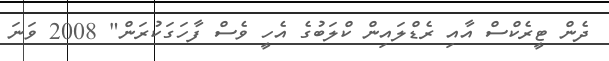
ދެން ޓީރެކްސް އާއި ރެޑްލައިން ކްލަބުގެ އެހީ ވެސް ފާހަގަކުރަން" 2008 ވަނަ